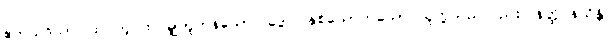
ဧကသဒိသာ၊ ထပ်တူ ထပ်မျှတူကုန်သော။ ဒွေပိ၊ နှစ်ယောက်သော သူတို့သည်လည်း။ နတ္ထိ နသိန္တိ၊